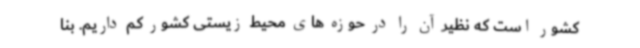
کشور است که نظیر آن را در حوزه های محیط زیستی کشور کم داریم. بنا